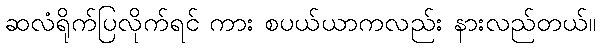
ဆလံရိုက်ပြလိုက်ရင် ကား စပယ်ယာကလည်း နားလည်တယ်။